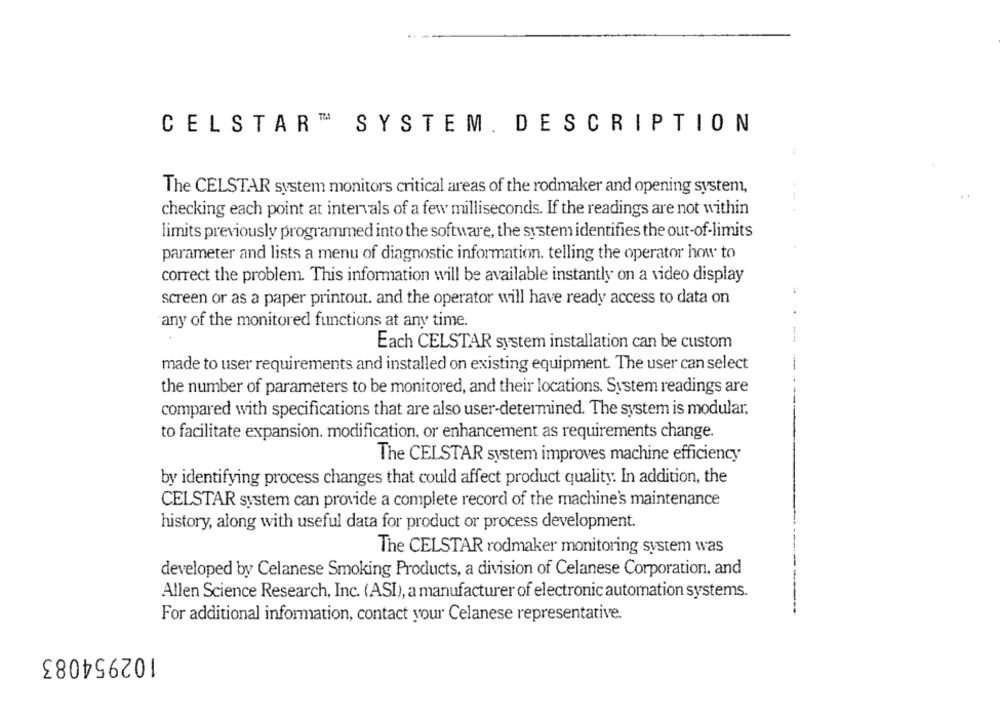
CELSTART SYSTEM. DESCRIPTION
The CELSTAR system monitors critical areas of the rodmaker and opening system,
checking each point at intervals of a few milliseconds. If the readings are not within
limits previously programmed into the software, the system identifies the out-of-limits
parameter and lists a menu of diagnostic information. telling the operator how to
correct the problem. This information will be available instantly on a video display
screen or as a paper printout. and the operator will have ready access to data on
any of the monitored functions at any time.
Each CELSTAR system installation can be custom
made to user requirements and installed on existing equipment. The user can select
the number of parameters to be monitored, and their locations. System readings are
compared with specifications that are also user-determined. The system is modular.
to facilitate expansion. modification, or enhancement as requirements change.
The CELSTAR system improves machine efficiency
by identifying process changes that could affect product quality. In addition, the
CELSTAR system can provide a complete record of the machine's maintenance
history, along with useful data for product or process development.
The CELSTAR rodmaker monitoring system was
developed by Celanese Smoking Products, a division of Celanese Corporation, and
Allen Science Research, Inc. (ASI), a manufacturer of electronic automation systems.
For additional information, contact your Celanese representative.
102954083